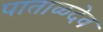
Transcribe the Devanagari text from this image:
पाताळदेव